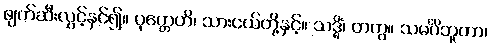
ဖျက်ဆီးလွှင့်နှင်၍။ ပုတ္တေဟိ၊ သားငယ်တို့နှင့်။ သဒ္ဓိံ၊ တကွ။ သမင်္ဂိဘူတာ၊